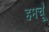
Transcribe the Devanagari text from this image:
हमचूँ